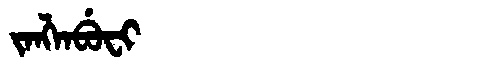
Manchu: ᠵᠠᠩᠯᠠᠪᡠᠸᡳ
Romanization: JANGLABUFI